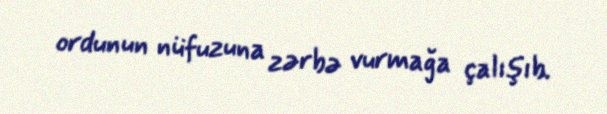
ordunun nüfuzuna zərbə vurmağa çalışıb.